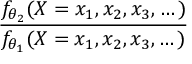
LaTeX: \frac { f _ { \theta _ { 2 } } ( X = x _ { 1 } , x _ { 2 } , x _ { 3 } , \dots ) } { f _ { \theta _ { 1 } } ( X = x _ { 1 } , x _ { 2 } , x _ { 3 } , \dots ) }